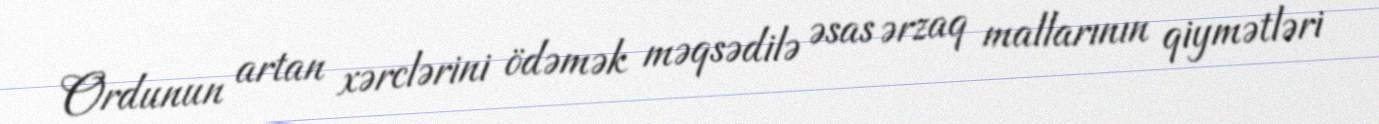
Ordunun artan xərclərini ödəmək məqsədilə əsas ərzaq mallarının qiymətləri